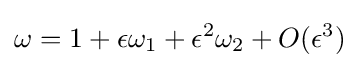
\omega =1+\epsilon \omega _{1}+\epsilon ^{2}\omega _{2}+O(\epsilon ^{3})